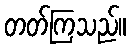
တတ်ကြသည်။